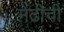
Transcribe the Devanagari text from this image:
मेंढीची